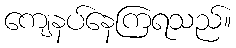
ကျေနပ်နေကြရသည်။